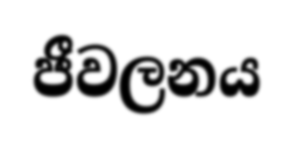
ජීවලනය